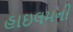
હાઇલમની